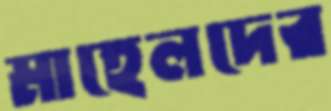
মাহেলদের